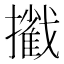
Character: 𢷿